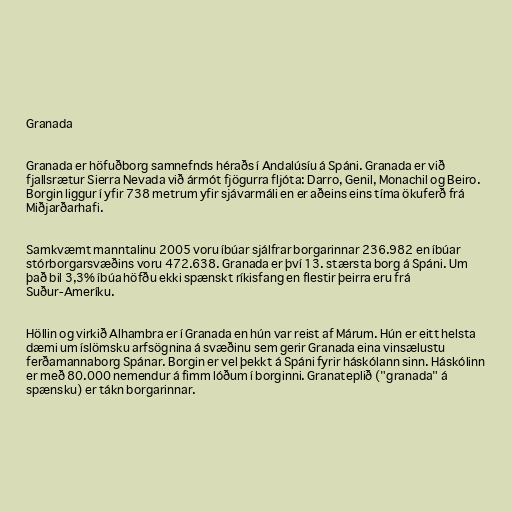
Granada

Granada er höfuðborg samnefnds héraðs í Andalúsíu á Spáni. Granada er við
fjallsrætur Sierra Nevada við ármót fjögurra fljóta: Darro, Genil, Monachil og Beiro.
Borgin liggur í yfir 738 metrum yfir sjávarmáli en er aðeins eins tíma ökuferð frá
Miðjarðarhafi.

Samkvæmt manntalinu 2005 voru íbúar sjálfrar borgarinnar 236.982 en íbúar
stórborgarsvæðins voru 472.638. Granada er því 13. stærsta borg á Spáni. Um
það bil 3,3% íbúa höfðu ekki spænskt ríkisfang en flestir þeirra eru frá
Suður-Ameríku.

Höllin og virkið Alhambra er í Granada en hún var reist af Márum. Hún er eitt helsta
dæmi um íslömsku arfsögnina á svæðinu sem gerir Granada eina vinsælustu
ferðamannaborg Spánar. Borgin er vel þekkt á Spáni fyrir háskólann sinn. Háskólinn
er með 80.000 nemendur á fimm lóðum í borginni. Granateplið ("granada" á
spænsku) er tákn borgarinnar.